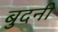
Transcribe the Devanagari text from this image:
बुदनी